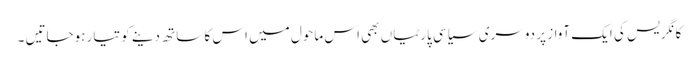
کانگریس کی ایک آواز پر دوسری سیاسی پارٹیاں بھی اس ماحول میں اس کا ساتھ دینے کو تیار ہوجاتیں ۔